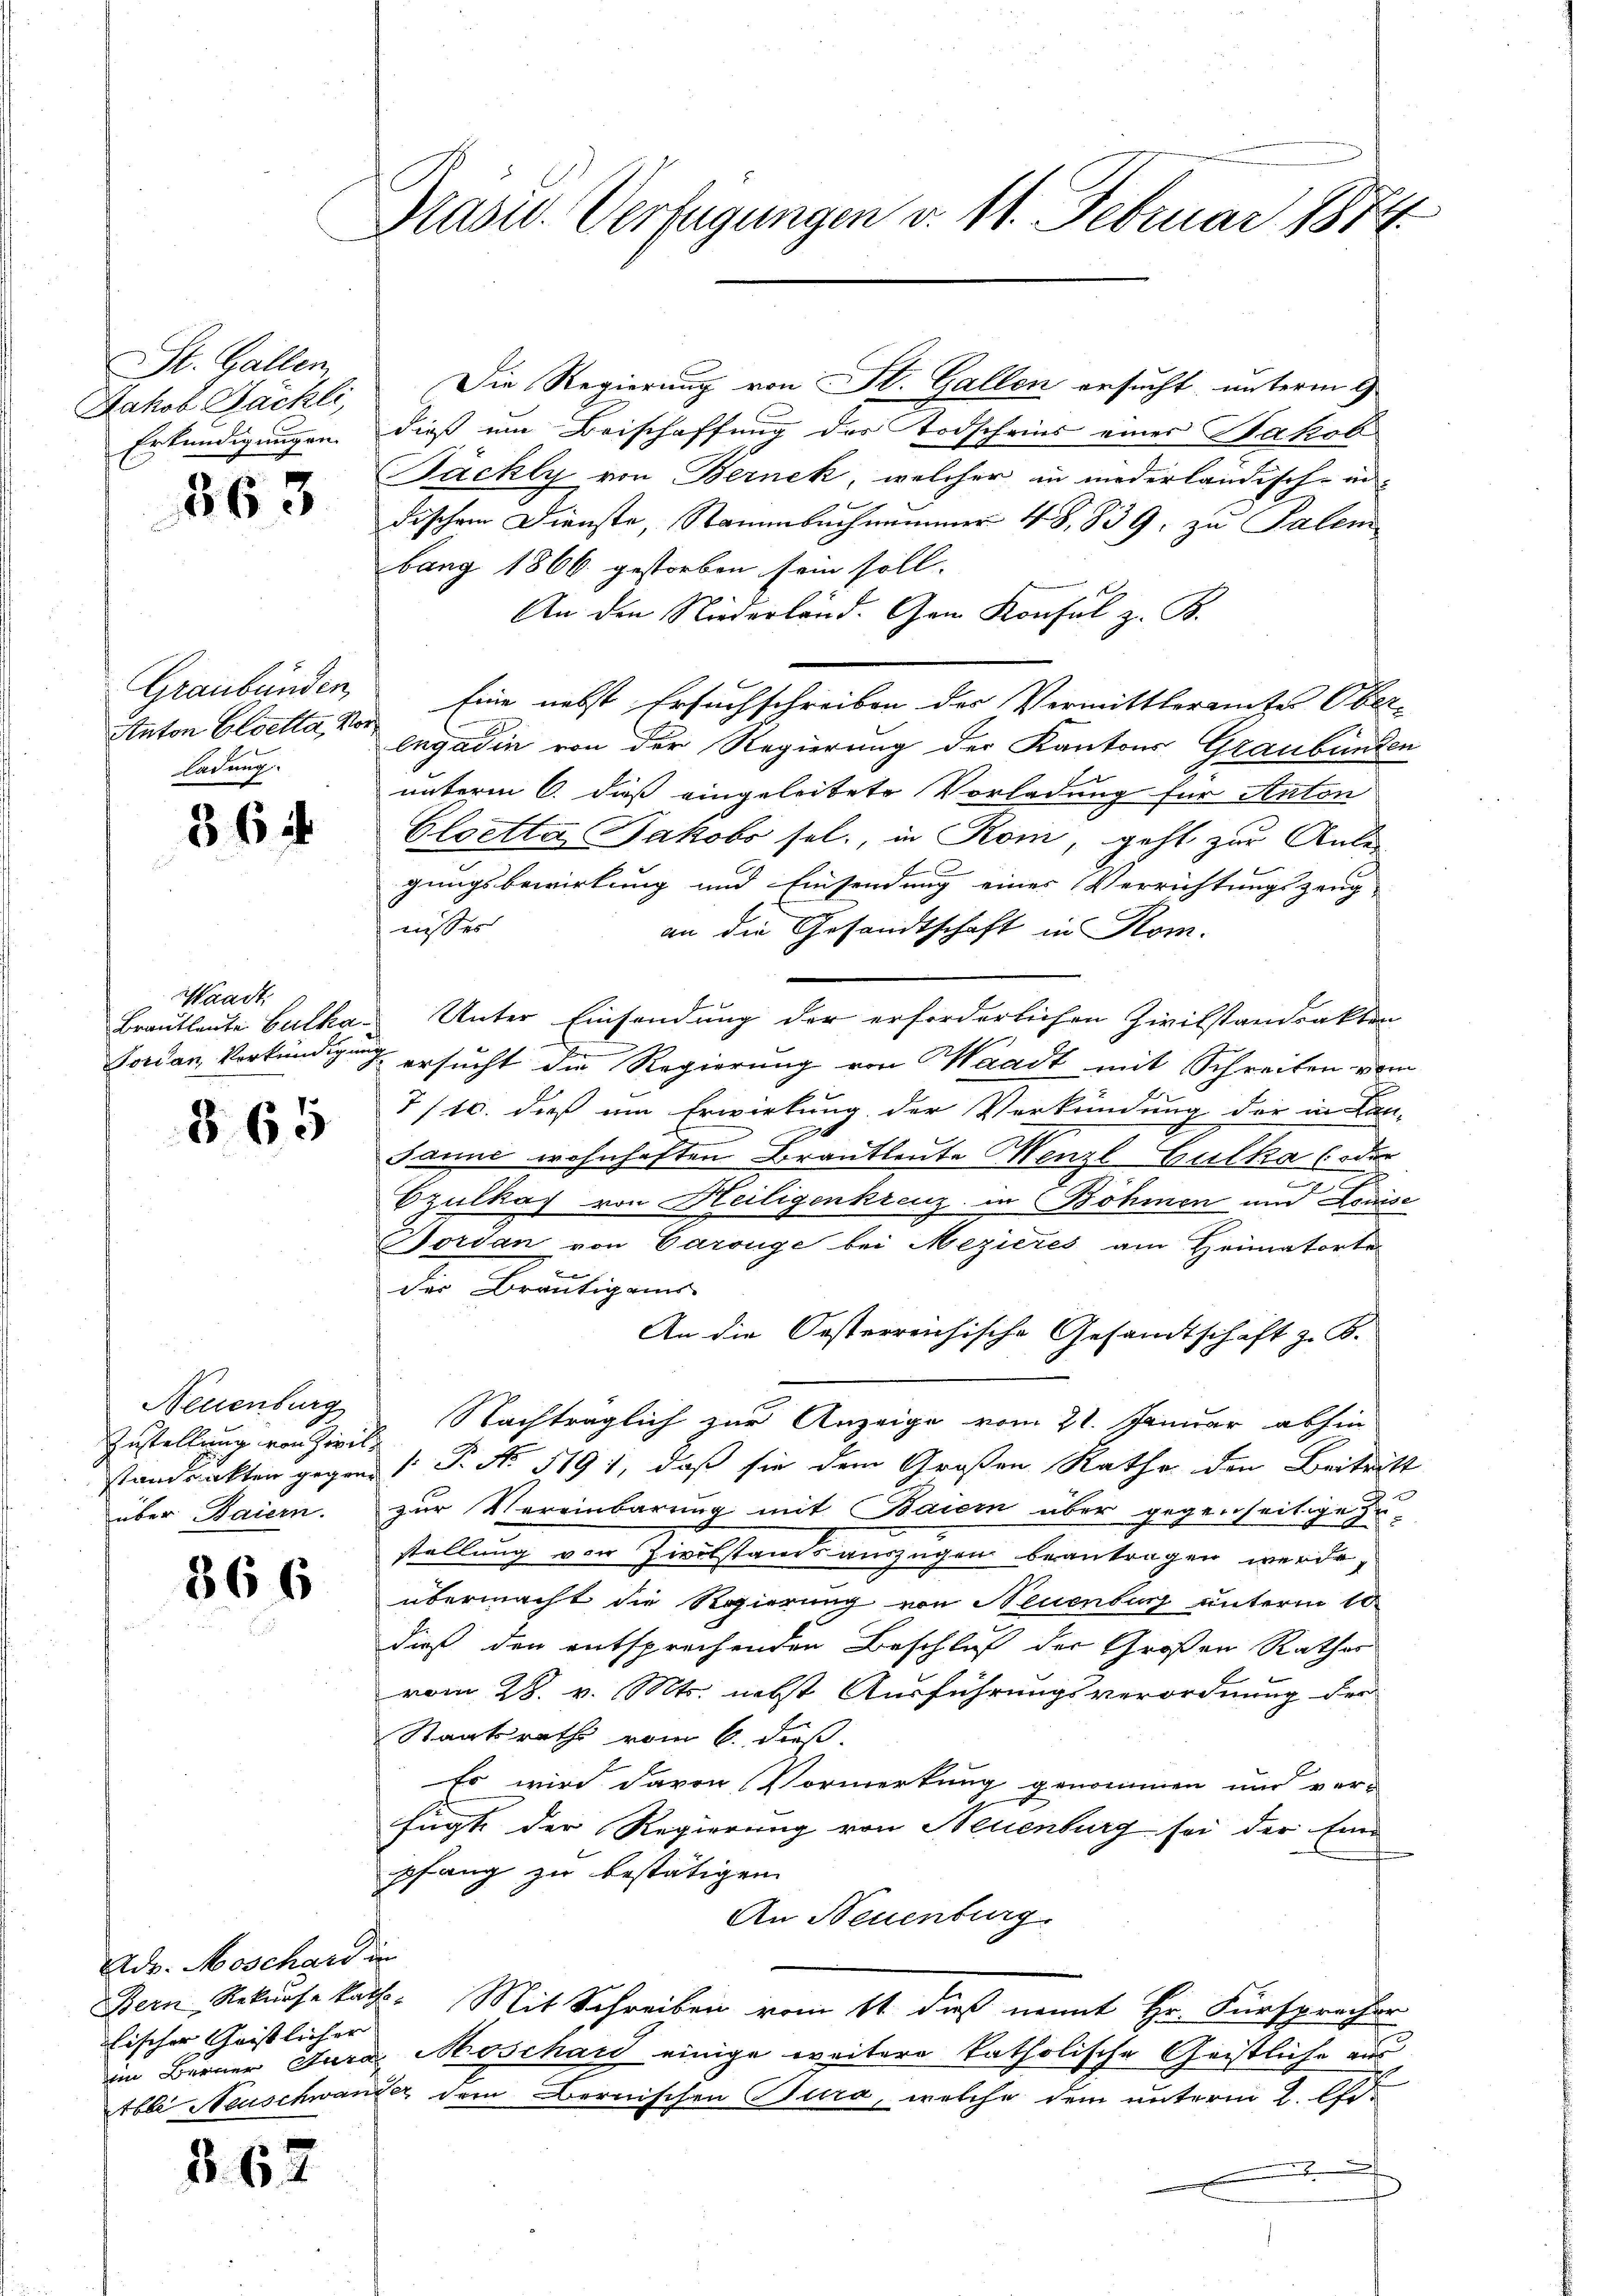
St. Gallen
Jakob Fächli
Erkundigungen.

363

Graubünden,
Anton Cloetta, Vorladung

36

Waadt:

865

Neuenburg
Zustellung von Zivil
über Baiern.

366

Adr. Moschard in
lischer Geistlicher

B.62

Präsid. Verfügungen v. 11. Februar 1872

Die Regierung von St. Gallen ersucht, unterm 2
dieß um Beischaffung des Todscheins eines Jakob
Bächly von Bernek, welcher in niederländische in¬
1
dischem Dienste, Stammbachnammer 48, 839, zu Palen
bang 1866 gestorben sein soll.
An den Niederland. Gen Konsul z. B.
Eine nebst Ersuchschreiben der Vermittleramte Ober-
engadin von der Regierung der Kantons Graubünden
unterm 6. dieß eingeleitete Vorladung für Anton
Cloetta Jakobs sel., in Rom, geht zur Anlegungsbewirkung und Einsendung einer Verrichtungszeug-
nisses
an die Gesandtschaft in Rom.
Brautleute Culka. Unter Einsendung der erforderlichen Zivilstandsakten
Forden Verkündigung ersucht die Regierung von Waadt mit Schreiben vom
7/10. daß um Erwirkung der Verkündung der in Lan-
Janne wohnhaften Brautleute Menzl Gulka (oder

e
Ezulkas von Heiligenkreuz in Böhmen und Louise
Forden von Carouge bei Mezieres am Heimatorte
der Bräutigens
An die Oesterreichische Gesandtschaft z. B.
Nachträglich zur Anzeige vom 21. Januar abhin
standankten gegen /: P. Nr. 1191, daß sie dem Großen Rathe den Beitritt
zur Vereinbarung mit Baiern über gegenseitige
stellung von Zivilstands auszügen beantragen werde,
übermacht die Regierung von Neuenburg unterm 10.
dieß den entsprechenden Beschluß der Großen Rathar
vom 28. v. Mts. nebst Ausführungsverordnung der
Staatsrath vom 6. dieß.
Es wird davon Vormerkung genommen und ver-
fügte der Regierung von Neuenburg sei der Eine
pfang zu bestätigen.
An Neuenburg
Bern, Rekurse kath. Mit Schreiben vom 11 dieß nomit Hr. Fürsprecher
im Berner Jura Moschaid einige weitere katholische Geistliche aus
Abbe Neuschwander dem Bernischen Tura, welche dem unterm 2. Oct